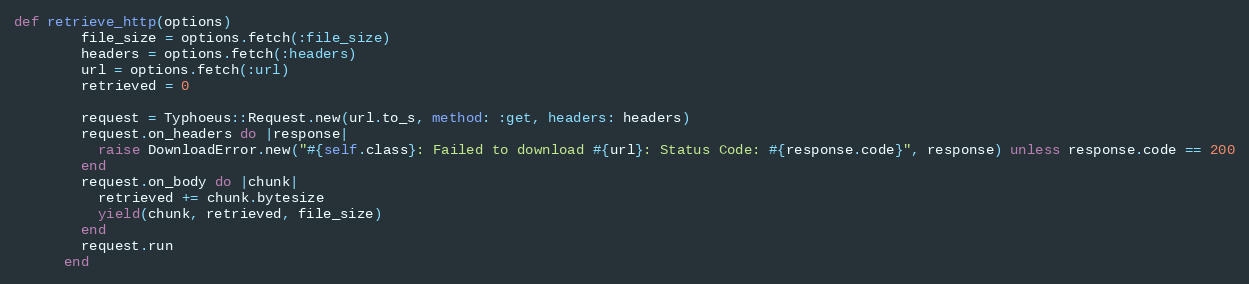
Language: Ruby
def retrieve_http(options)
        file_size = options.fetch(:file_size)
        headers = options.fetch(:headers)
        url = options.fetch(:url)
        retrieved = 0

        request = Typhoeus::Request.new(url.to_s, method: :get, headers: headers)
        request.on_headers do |response|
          raise DownloadError.new("#{self.class}: Failed to download #{url}: Status Code: #{response.code}", response) unless response.code == 200
        end
        request.on_body do |chunk|
          retrieved += chunk.bytesize
          yield(chunk, retrieved, file_size)
        end
        request.run
      end